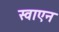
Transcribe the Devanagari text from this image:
स्वाएन